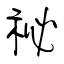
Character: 祕